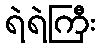
ရဲရဲကြီး